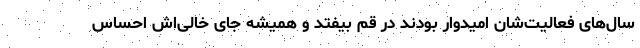
سال‌های فعالیت‌شان امیدوار بودند در قم بیفتد و همیشه جای خالی‌اش احساس